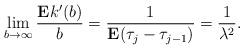
LaTeX: \begin{align*}\lim_{b\to\infty}\frac{\mathbf{E}k'(b)}{b}=\frac{1}{\mathbf{E}(\tau_{j}-\tau_{j-1})}=\frac{1}{\lambda^{2}}.\end{align*}